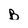
Character: B